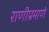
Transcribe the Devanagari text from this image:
राणीप्रमाणे